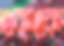
একএক